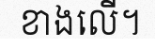
ខាងលើ។